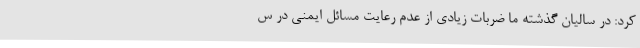
کرد: در سالیان گذشته ما ضربات زیادی از عدم رعایت مسائل ایمنی در س